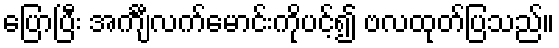
ပြောပြီး အင်္ကျီလက်မောင်းကိုပင့်၍ ဗလထုတ်ပြသည်။